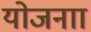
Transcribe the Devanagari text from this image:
योजनाा